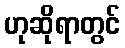
ဟုဆိုရာတွင်